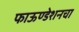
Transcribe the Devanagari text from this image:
फाऊण्डेशनचा